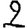
Digit: 2